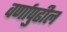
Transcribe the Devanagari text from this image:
वर्णापुढील